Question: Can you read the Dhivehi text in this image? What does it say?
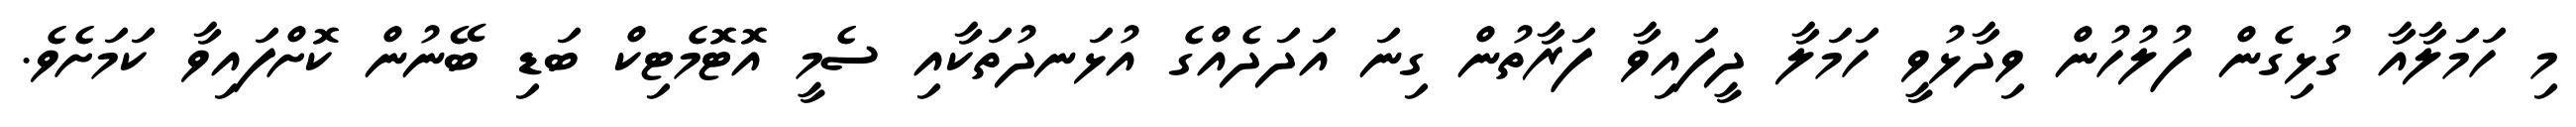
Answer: މި ހަމަލާއާ ގުޅިގެން ފުލުހުން ވިދާޅުވީ ހަމަލާ ދީފައިވާ ފަރާތުން ގިނަ އަދަދެއްގެ އުޅަނދުތަކާއި ސެމީ އޮޓޮމެޓިކް ބަޑި ބޭނުން ކޮށްފައިވާ ކަމަށެވެ.